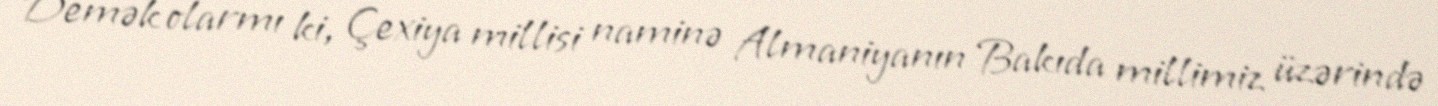
Demək olarmı ki, Çexiya millisi naminə Almaniyanın Bakıda millimiz üzərində